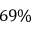
6 9 \%